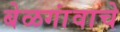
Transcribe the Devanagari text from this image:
बेळगांवाचे